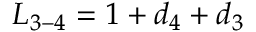
{ L _ { 3 - 4 } } = 1 + { d _ { 4 } } + { d _ { 3 } }